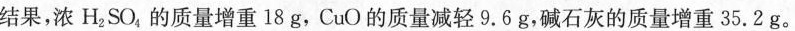
结果，浓H2SO，的质量增重18g，CuO的质量减轻9.6g，碱石灰的质量增重35.2g。